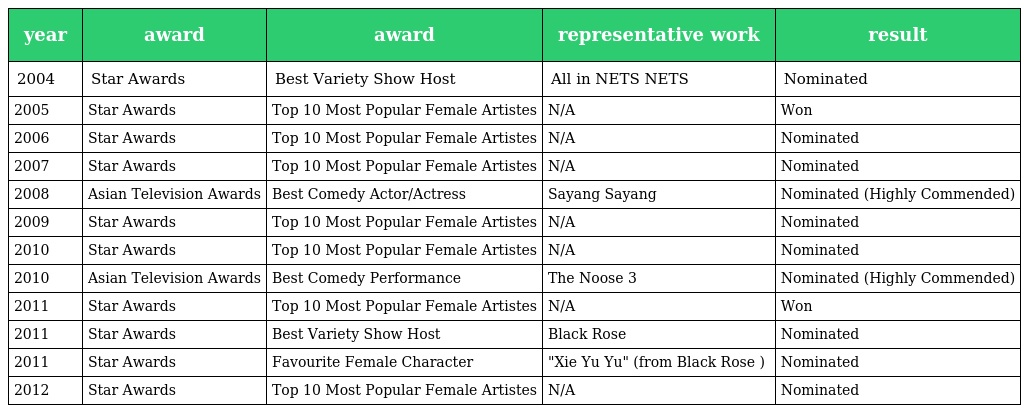
| year | award | award | representative work | result |
 | --- | --- | --- | --- | --- |
 | 2004 | Star Awards | Best Variety Show Host | All in NETS NETS有钱坤 | Nominated |
 | 2005 | Star Awards | Top 10 Most Popular Female Artistes | N/A | Won |
 | 2006 | Star Awards | Top 10 Most Popular Female Artistes | N/A | Nominated |
 | 2007 | Star Awards | Top 10 Most Popular Female Artistes | N/A | Nominated |
 | 2008 | Asian Television Awards | Best Comedy Actor/Actress | Sayang Sayang | Nominated (Highly Commended) |
 | 2009 | Star Awards | Top 10 Most Popular Female Artistes | N/A | Nominated |
 | 2010 | Star Awards | Top 10 Most Popular Female Artistes | N/A | Nominated |
 | 2010 | Asian Television Awards | Best Comedy Performance | The Noose 3 | Nominated (Highly Commended) |
 | 2011 | Star Awards | Top 10 Most Popular Female Artistes | N/A | Won |
 | 2011 | Star Awards | Best Variety Show Host | Black Rose 爆料黑玫瑰 | Nominated |
 | 2011 | Star Awards | Favourite Female Character | "Xie Yu Yu" (from Black Rose ) | Nominated |
 | 2012 | Star Awards | Top 10 Most Popular Female Artistes | N/A | Nominated |